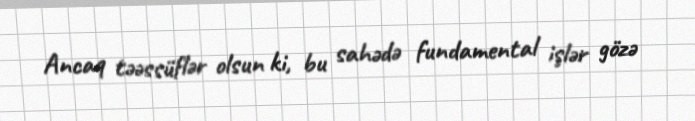
Ancaq təəssüflər olsun ki, bu sahədə fundamental işlər gözə